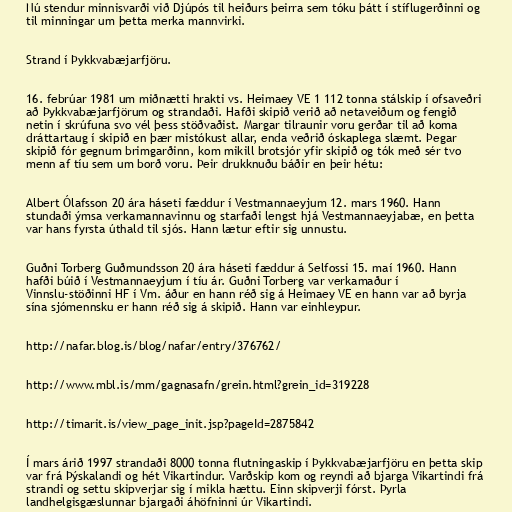
Nú stendur minnisvarði við Djúpós til heiðurs þeirra sem tóku þátt í stíflugerðinni og
til minningar um þetta merka mannvirki.

Strand í Þykkvabæjarfjöru.

16. febrúar 1981 um miðnætti hrakti vs. Heimaey VE 1 112 tonna stálskip í ofsaveðri
að Þykkvabæjarfjörum og strandaði. Hafði skipið verið að netaveiðum og fengið
netin í skrúfuna svo vél þess stöðvaðist. Margar tilraunir voru gerðar til að koma
dráttartaug í skipið en þær mistókust allar, enda veðrið óskaplega slæmt. Þegar
skipið fór gegnum brimgarðinn, kom mikill brotsjór yfir skipið og tók með sér tvo
menn af tíu sem um borð voru. Þeir drukknuðu báðir en þeir hétu:

Albert Ólafsson 20 ára háseti fæddur í Vestmannaeyjum 12. mars 1960. Hann
stundaði ýmsa verkamannavinnu og starfaði lengst hjá Vestmannaeyjabæ, en þetta
var hans fyrsta úthald til sjós. Hann lætur eftir sig unnustu.

Guðni Torberg Guðmundsson 20 ára háseti fæddur á Selfossi 15. maí 1960. Hann
hafði búið í Vestmannaeyjum í tíu ár. Guðni Torberg var verkamaður í
Vinnslu-stöðinni HF í Vm. áður en hann réð sig á Heimaey VE en hann var að byrja
sína sjómennsku er hann réð sig á skipið. Hann var einhleypur.

http://nafar.blog.is/blog/nafar/entry/376762/

http://www.mbl.is/mm/gagnasafn/grein.html?grein_id=319228

http://timarit.is/view_page_init.jsp?pageId=2875842

Í mars árið 1997 strandaði 8000 tonna flutningaskip í Þykkvabæjarfjöru en þetta skip
var frá Þýskalandi og hét Vikartindur. Varðskip kom og reyndi að bjarga Vikartindi frá
strandi og settu skipverjar sig í mikla hættu. Einn skipverji fórst. Þyrla
landhelgisgæslunnar bjargaði áhöfninni úr Vikartindi.